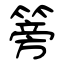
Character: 篣